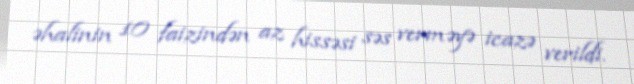
əhalinin 10 faizindən az hissəsi səs verməyə icazə verildi.